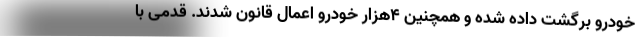
خودرو برگشت داده شده و همچنین ۴هزار خودرو اعمال قانون شدند. قدمی با